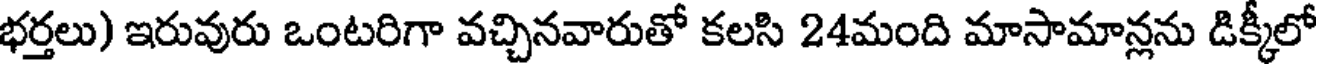
భర్తలు) ఇరువురు ఒంటరిగా వచ్చినవారుతో కలసి 24మంది మాసామాన్లను డిక్కీలో